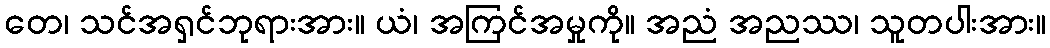
တေ၊ သင်အရှင်ဘုရားအား။ ယံ၊ အကြင်အမှုကို။ အညံ အညဿ၊ သူတပါးအား။